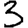
Digit: 3